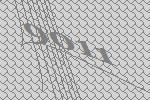
9011